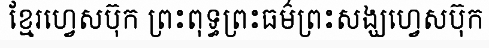
ខ្មែរហ្វេសប៊ុក ព្រះពុទ្ធព្រះធម៌ព្រះសង្ឃហ្វេសប៊ុក